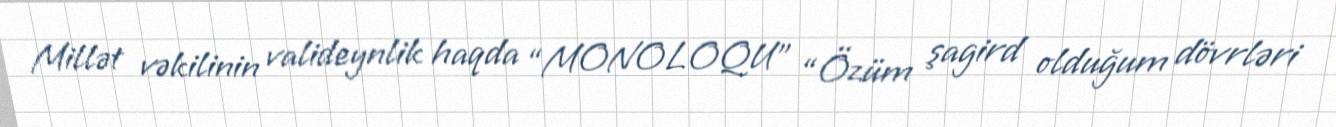
Millət vəkilinin valideynlik haqda “MONOLOQU” “Özüm şagird olduğum dövrləri